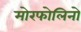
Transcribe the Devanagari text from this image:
मोरफोलिनो